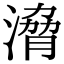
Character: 𣹩